Lunatic asylums Punjab 1895-1910 - 1895-1910
Year: 1895
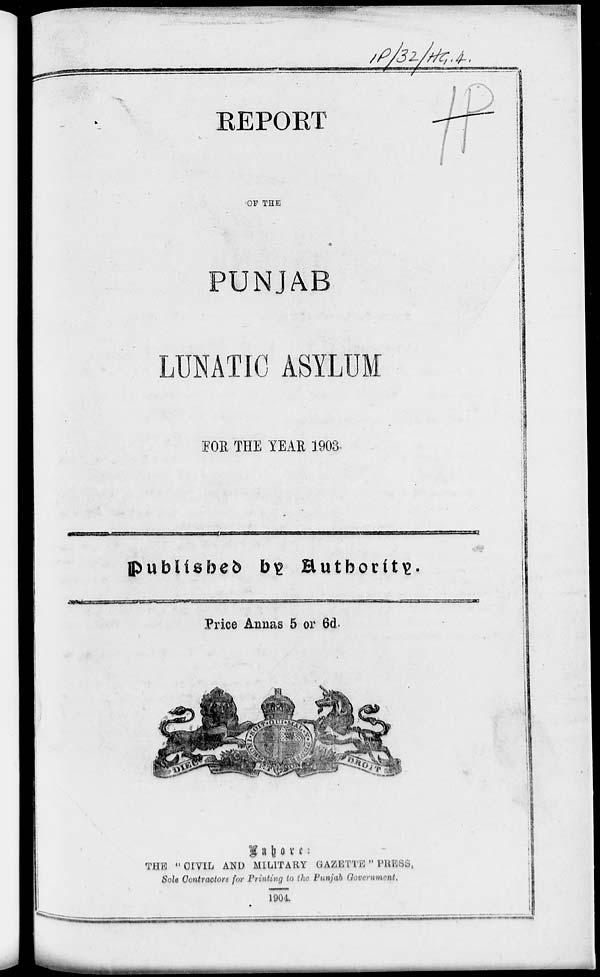
REPORT
OF THE
PUNJAB
LUNATIC ASYLUM
FOR THE YEAR 1903.
Published by Authority.
Price Annas 5 or 6d.
Lahore:
THE "CIVIL AND MILITARY GAZETTE " PRESS,
Sole Contractors for Printing to the Punjab Government.
1904.